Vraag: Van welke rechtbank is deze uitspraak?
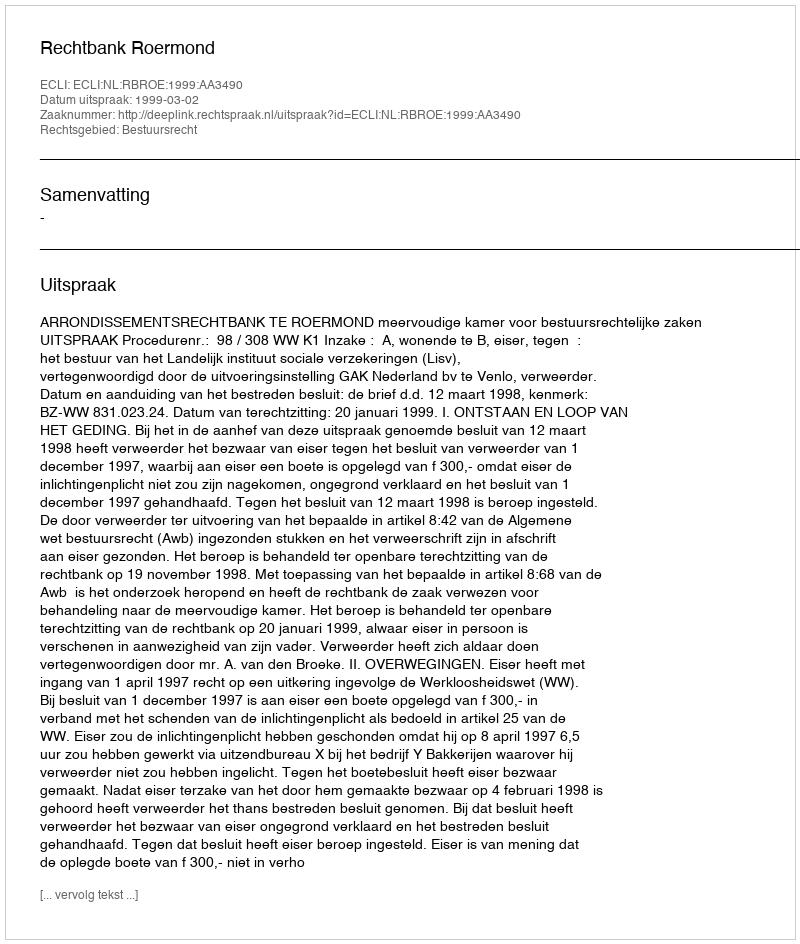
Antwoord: Rechtbank Roermond